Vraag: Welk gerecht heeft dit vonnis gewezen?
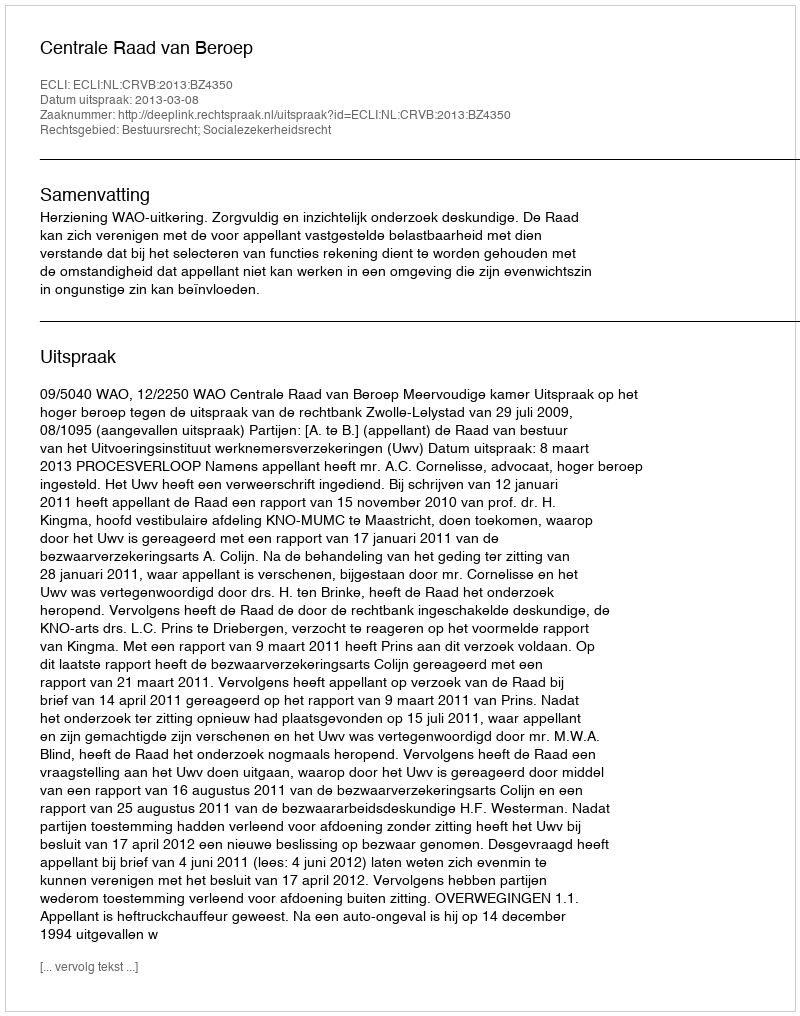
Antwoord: Centrale Raad van Beroep